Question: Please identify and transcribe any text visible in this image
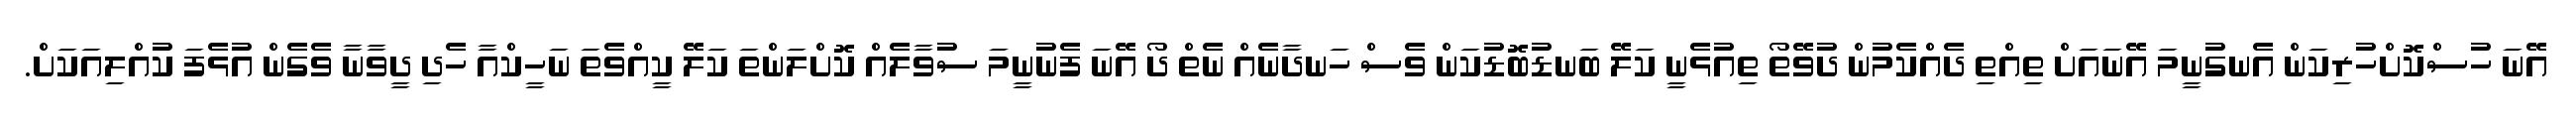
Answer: އޭނަ ހުސްކޮށްހުރިކަން އެނގުނީމަ އޭނައަށް ތިއްތި ދެއްކެމުން ދުވޭތޯ ތިއުޅެނީ ކަލޭ ބަނޑުބޮޑުކަން ވެސް ހަނދާނެއް ނެތް ދޯ އޭނަ ފެނުނީމަ ސުވާލެއް ކޮށްލަންތަ ކަލޭ ކީއްވެތަ ނަހީކްއާ ހެދި ދީވާނާ ވެގެން އުޅެފަ ކުއްލިއަކަށް.